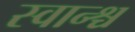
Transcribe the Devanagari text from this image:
स्वान्श्च